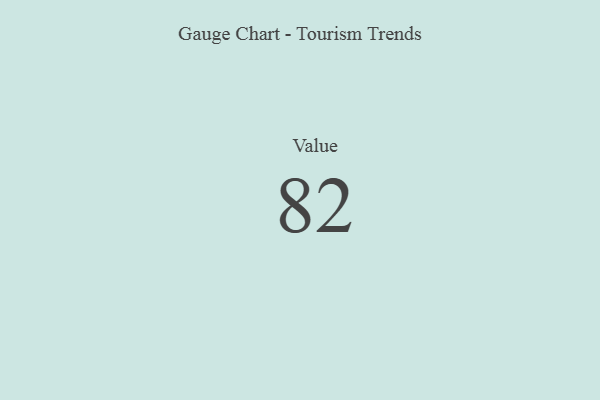
{"axis": {"x": "Metric", "y": "Value"}, "legend": [""], "data": [{"x": "Value", "y": 82, "type": ""}]}